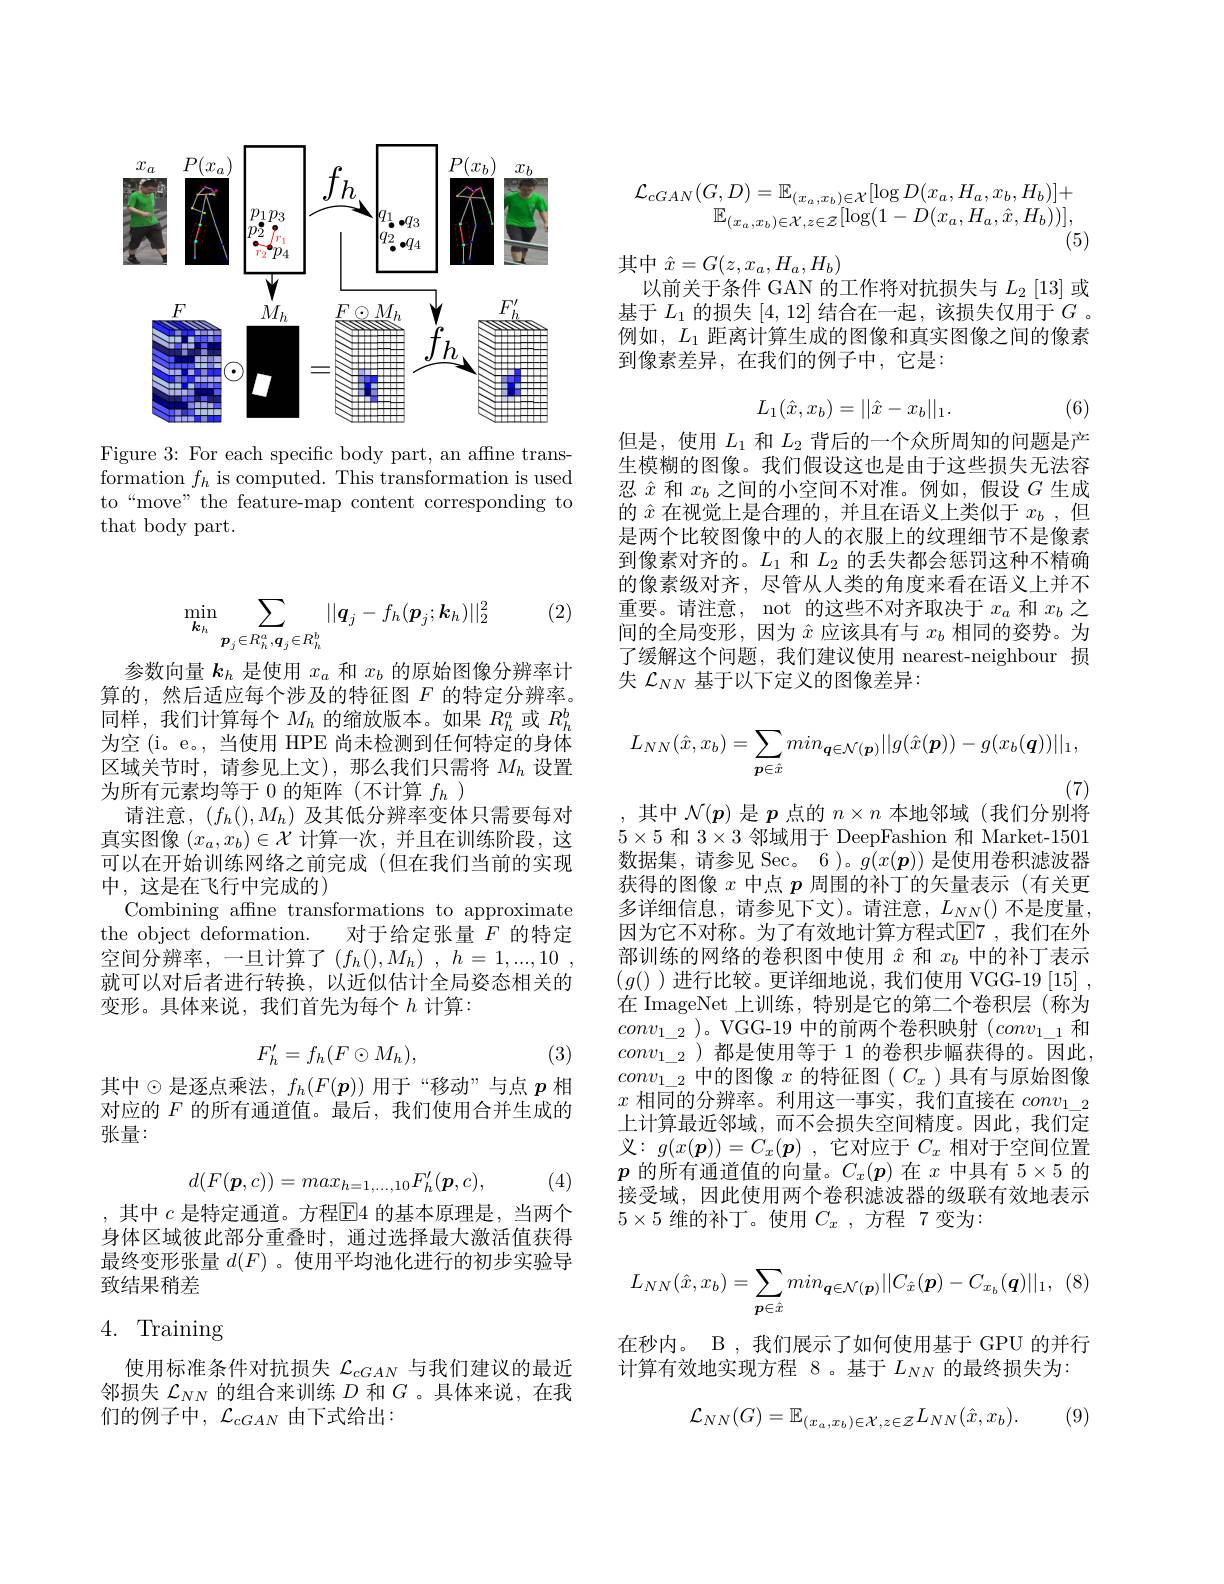
<FigureHere>

Figure 3: For each specific body part, an affine transformation $f_h$ is computed. This transformation is used to“move” the feature-map content corresponding to that body part.
$$\mathcal{L}_{cGAN}(G,D)=\mathbb{E}_{(x_{a},x_{b})\in\mathcal{X}}[\log D(x_{a},H_{a},x_{b},H_{b})]+\\\mathbb{E}_{(x_{a},x_{b})\in\mathcal{X},z\in\mathcal{Z}}[\log(1-D(x_{a},H_{a},\hat{x},H_{b}))],$$
(5)

其中$\hat{x}=G(z,x_{a},H_{a},H_{b})$
以前关于条件 GAN 的工作将对抗损失与$L_2\left[13\right]$或基于$L_1$的损失[4,12]结合在一起，该损失仅用于$G$ 。例如，$L_1$距离计算生成的图像和真实图像之间的像素到像素差异，在我们的例子中，它是：
$$L_1(\hat x,x_b)=||\hat x-x_b||_1.$$
(6)

但是，使用$L_1$和$L_2$背后的一个众所周知的问题是产生模糊的图像。我们假设这也是由于这些损失无法容忍$\hat{x}$和$x_b$之间的小空间不对准。例如，假设$G$生成的$\hat{x}$在视觉上是合理的，并且在语义上类似于$x_b$,但是两个比较图像中的人的衣服上的纹理细节不是像素到像素对齐的。$L_1$和$L_2$的丢失都会惩罚这种不精确的像素级对齐，尽管从人类的角度来看在语义上并不重要。请注意，not 的这些不对齐取决于$x_a$和$x_b$之间的全局变形，因为$\hat{x}$应该具有与$x_b$相同的姿势。为了缓解这个问题，我们建议使用 nearest-neighbour 损失$\mathcal{L}_{NN}$基于以下定义的图像差异：

(2)
$$\min\limits_{\boldsymbol{k}_h}\sum\limits_{\boldsymbol{p}_j\in R_h^a,\boldsymbol{q}_j\in R_h^b}||\boldsymbol{q}_j-f_h(\boldsymbol{p}_j;\boldsymbol{k}_h)||_2^2$$
参数向量$k_h$是使用$x_a$和$x_b$的原始图像分辨率计算的，然后适应每个涉及的特征图$F$的特定分辨率。同样，我们计算每个$M_h$的缩放版本。如果$R_h^a$或$R_h^b$ 为空 (i。e。, 当使用 HPE 尚未检测到任何特定的身体区域关节时，请参见上文),那么我们只需将$M_h$设置为所有元素均等于 0 的矩阵(不计算$f_h$ )
请注意，$(f_h(),M_h)$及其低分辨率变体只需要每对真实图像$(x_a,x_b)\in\mathcal{X}$计算一次，并且在训练阶段，这可以在开始训练网络之前完成 (但在我们当前的实现中，这是在飞行中完成的)
Combining affne transformations to approximate the object deformation. 对于给定张量$F$的特定空间分辨率，一旦计算了($f_h(),M_h)~,~h=~1,...,10~$, 就可以对后者进行转换，以近似估计全局姿态相关的变形。具体来说，我们首先为每个$h$ 计算：
$$F_h'=f_h(F\odot M_h),$$
(3)

其中$\odot$是逐点乘法，$f_h(F(\boldsymbol{p}))$ 用于“移动”与点 $p$ 相对应的$F$的所有通道值。最后，我们使用合并生成的张量：
$$d(F(\boldsymbol{p},c))=max_{h=1,...,10}F_{h}'(\boldsymbol{p},c),$$
(4)

,其中$c$是特定通道。方程$\boxed{\mathrm{F}}4$的基本原理是，当两个身体区域彼此部分重叠时，通过选择最大激活值获得最终变形张量$d(F)$ 。使用平均池化进行的初步实验导致结果稍差

# 4. Training

使用标准条件对抗损失$\mathcal{L}_{cGAN}$与我们建议的最近邻损失$\mathcal{L}_{NN}$的组合来训练$D$和$G$ 。具体来说，在我们的例子中，$\mathcal{L}_cGAN$由下式给出：
$$L_{NN}(\hat x,x_b)=\sum_{\boldsymbol{p}\in\hat x}min_{\boldsymbol{q}\in\mathcal{N}(\boldsymbol{p})}||g(\hat x(\boldsymbol{p}))-g(x_b(\boldsymbol{q}))||_1,$$
(7)
其中$\mathcal{N}(p)$是$p$点的$n\times n$本地邻域(我们分别将

$5\times5$和$3\times3$邻域用于 DeepFashion 和 Market-1501数据集，请参见 Sec。6)。$\bar{g(x(\boldsymbol{p}))\text{ 是使用卷积滤波器}}$ 获得的图像$x$中点$p$周围的补丁的矢量表示 (有关更多详细信息，请参见下文)。请注意，$L_NN($)不是度量， 因为它不对称。为了有效地计算方程式$\overline{\mathrm{E}}7$ ,我们在外部训练的网络的卷积图中使用$\hat{x}$和$x_b$中的补丁表示$(g()$ )进行比较。更详细地说，我们使用 VGG-19[15], 在 ImageNet 上训练，特别是它的第二个卷积层(称为$conv_{1\_2}$ )。VGG-19 中的前两个卷积映射$(conv_{1\_1}$和$conv_{1\_2}$)都是使用等于 1 的卷积步幅获得的。因此， $conv_{1\_2}^{-}$中的图像$x$的特征图$(C_x)$具有与原始图像$x$相同的分辨率。利用这一事实，我们直接在$conv_1\_2$ 上计算最近邻域，而不会损失空间精度。因此，我们定义：$g( x( \boldsymbol{p}) ) = C_{x}( \boldsymbol{p})$ ,它对应于$C_x$相对于空间位置$p$的所有通道值的向量。$C_x(\boldsymbol{p})$在$x$中具有$5\times5$的接受域，因此使用两个卷积滤波器的级联有效地表示$5\times5$维的补丁。使用$C_x$,方程 7 变为：
$$L_{NN}(\hat{x},x_{b})=\sum_{\boldsymbol{p}\in\hat{x}}min_{\boldsymbol{q}\in\mathcal{N}(\boldsymbol{p})}||C_{\hat{x}}(\boldsymbol{p})-C_{x_{b}}(\boldsymbol{q})||_{1},$$
在秒内。 B , 我们展示了如何使用基于 GPU 的并行
计算有效地实现方程 8。基于$L_{NN}$的最终损失为：

(9)
$$\mathcal{L}_{NN}(G)=\mathbb{E}_{(x_{a},x_{b})\in\mathcal{X},z\in\mathcal{Z}}L_{NN}(\hat{x},x_{b}).$$